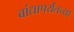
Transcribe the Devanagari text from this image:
बांद्यापर्यंतच्या